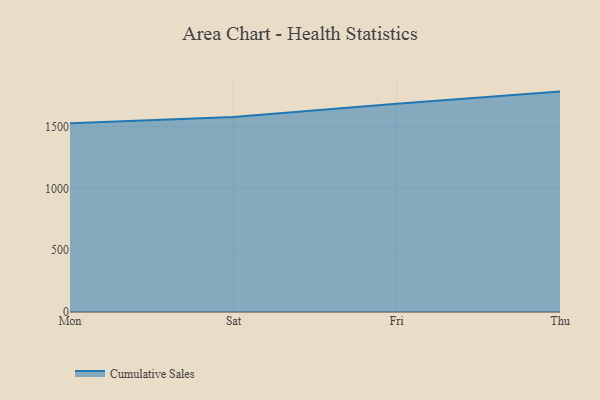
{"axis": {"x": "Day", "y": "Market Share (%)"}, "legend": ["Cumulative Sales"], "data": [{"x": "Mon", "y": 1526.9, "type": "Cumulative Sales"}, {"x": "Sat", "y": 1578.4, "type": "Cumulative Sales"}, {"x": "Fri", "y": 1686.4, "type": "Cumulative Sales"}, {"x": "Thu", "y": 1783.9, "type": "Cumulative Sales"}]}